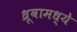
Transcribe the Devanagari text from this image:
ध्रूवामध्ये